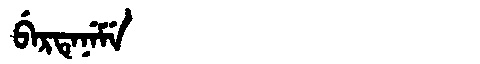
Manchu: ᠪᡝᡵᡨᡝᠨᡝᠮᡝ
Romanization: BERTENEME